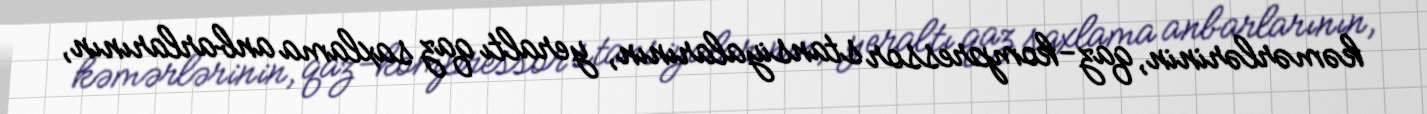
kəmərlərinin, qaz-kompressor stansiyalarının, yeraltı qaz saxlama anbarlarının,